Civil Veterinary Department. United Provinces 1932-42 - 1932-1942
Year: 1932
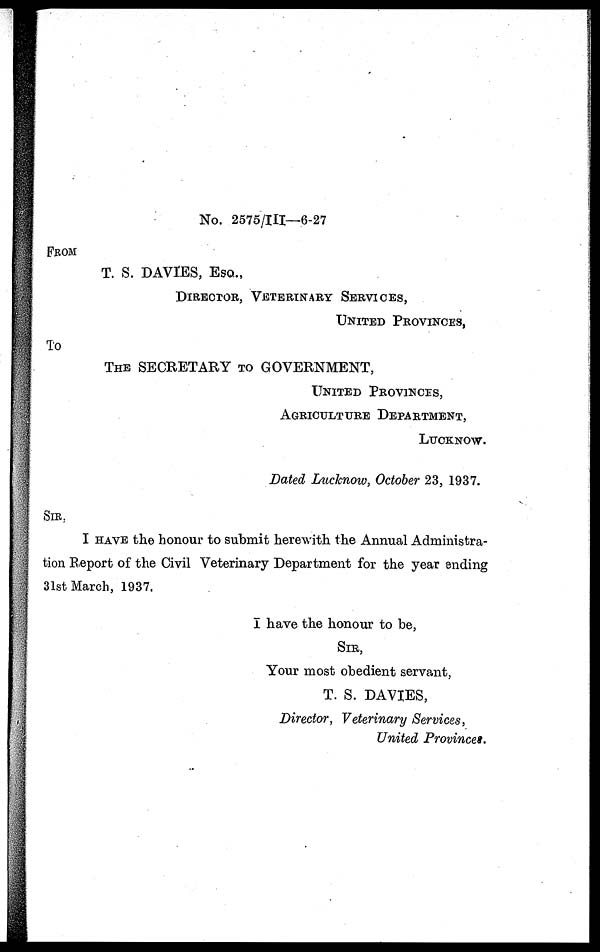
No. 2575/III—6-27
FROM
T. S. DAVIES, ESQ.,
DIRECTOR, VETERINARY SERVICES,
UNITED PROVINCES,
TO
THE SECRETARY TO GOVERNMENT,
UNITED PROVINCES,
AGRICULTURE DEPARTMENT,
LUCKNOW.
Dated Lucknow, October 23, 1937.
SIR,
I HAVE the honour to submit herewith the Annual Administra-
tion Report of the Civil Veterinary Department for the year ending
31st March, 1937.
I have the honour to be,
SIR,
Your most obedient servant,
T. S. DAVIES,
Director, Veterinary Services,
United Provinces.